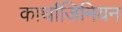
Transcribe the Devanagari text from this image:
कार्थाजिनियन